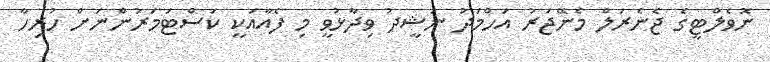
ނޮވެލްޓީގެ ޖެނެރަލް މެނޭޖަރު އަހްމަދު ނަޝީދު ވިދާޅުވީ މި ފެއާއަކީ ކަސްޓަމަރުންނަށް ހުރިހާ